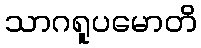
သာဂရူပမောတိ